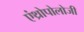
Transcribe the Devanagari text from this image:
एंथ्रोपोलोजी